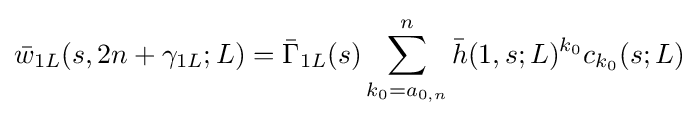
{\bar {w}}_{1L}(s,2n+\gamma _{1L};L)={\bar {\Gamma }}_{1L}(s)\sum _{k_{0}=a_{0,n}}^{n}{\bar {h}}(1,s;L)^{k_{0}}c_{k_{0}}(s;L)